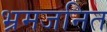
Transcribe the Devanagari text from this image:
भ्रमजनित